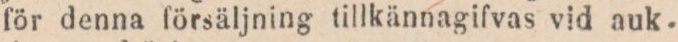
för denna försäljning tillkännagifvas vid auk-